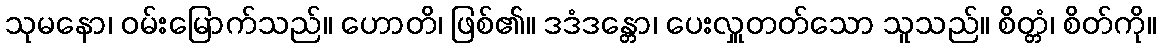
သုမနော၊ ဝမ်းမြောက်သည်။ ဟောတိ၊ ဖြစ်၏။ ဒဒံဒန္တော၊ ပေးလှူတတ်သော သူသည်။ စိတ္တံ၊ စိတ်ကို။